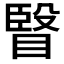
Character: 𭿐